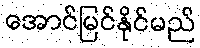
အောင်မြင်နိုင်မည်